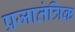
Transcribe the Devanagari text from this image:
प्रजातंत्रिक